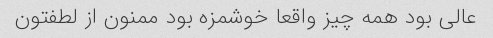
عالی بود همه چیز واقعا خوشمزه بود ممنون از لطفتون